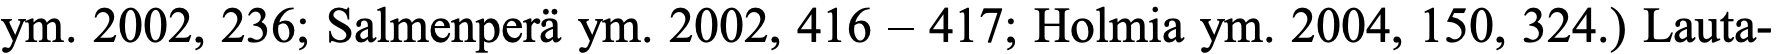
ym. 2002, 236; Salmenperä ym. 2002, 416 – 417; Holmia ym. 2004, 150, 324.) Lauta-